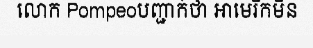
លោក Pompeoបញ្ជាក់ថា អាមេរិកមិន